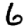
Digit: 6